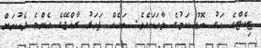
ޓިކެޓްގެ އަގު ބޮޑު ކަމުގެ ވާހަކައެވެ. ބައެއް ފަހަރު ރާއްޖޭގެ އެންމެ ދެކުނަށް